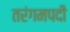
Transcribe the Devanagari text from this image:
तरंगमपदी